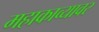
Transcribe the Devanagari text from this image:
महाकाव्यावर